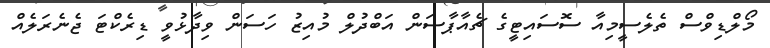
މޯލްޑިވްސް ތެލެސީމިއާ ސޮސައިޓީގެ ޗެއާޕާސަން އަބްދުލް މުއިޒު ހަސަން ވިދާޅުވީ ޑިރެކްޓަ ޖެނެރަލެއް